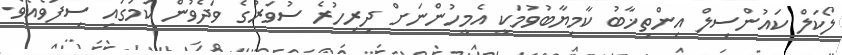
ލޯކަލް ކައުންސިލް އިންތިޚާބު ކާމިޔާބުވުމަކީ އެމީހުންނަށް ދިރިހުރެ ސުވަރުގެ ވަދެވުން ކަމުގައި ސިފަވެއެވެ.